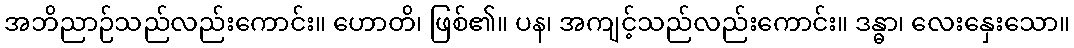
အဘိညာဉ်သည်လည်းကောင်း။ ဟောတိ၊ ဖြစ်၏။ ပန၊ အကျင့်သည်လည်းကောင်း။ ဒန္ဓာ၊ လေးနှေးသော။